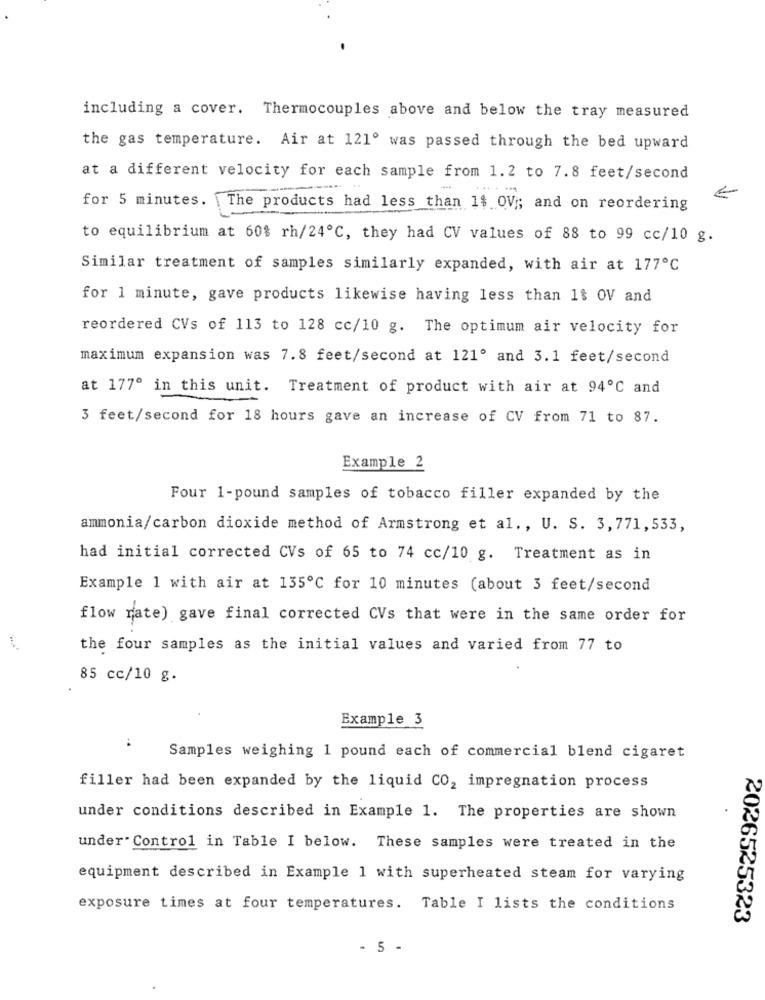
including a cover. Thermocouples above and below the tray measured
the gas temperature. Air at 121º was passed through the bed upward
at a different velocity for each sample from 1.2 to 7.8 feet/second
for 5 minutes. The products had less than 1$ OV ;; and on reordering
to equilibrium at 60% rh/24℃, they had CV values of 88 to 99 cc/10 g.
Similar treatment of samples similarly expanded, with air at 177℃
for 1 minute, gave products likewise having less than 1$ OV and
reordered CVs of 113 to 128 cc/10 g. The optimum air velocity for
maximum expansion was 7.8 feet/second at 121º and 3.1 feet/second
at 177º in this unit. Treatment of product with air at 94℃ and
3 feet/second for 18 hours gave an increase of CV from 71 to 87.
Example 2
Four 1-pound samples of tobacco filler expanded by the
ammonia/carbon dioxide method of Armstrong et al ., U. S. 3, 771,533,
had initial corrected CVs of 65 to 74 cc/10 g. Treatment as in
Example 1 with air at 135℃ for 10 minutes (about 3 feet/second
flow rate) gave final corrected CVs that were in the same order for
the four samples as the initial values and varied from 77 to
85 cc/10 g.
Example 3
Samples weighing 1 pound each of commercial blend cigaret
filler had been expanded by the liquid CO2 impregnation process
under conditions described in Example 1. The properties are shown
under. Control in Table I below. These samples were treated in the
equipment described in Example 1 with superheated steam for varying
exposure times at four temperatures. Table I lists the conditions
2026525323
- 5 -